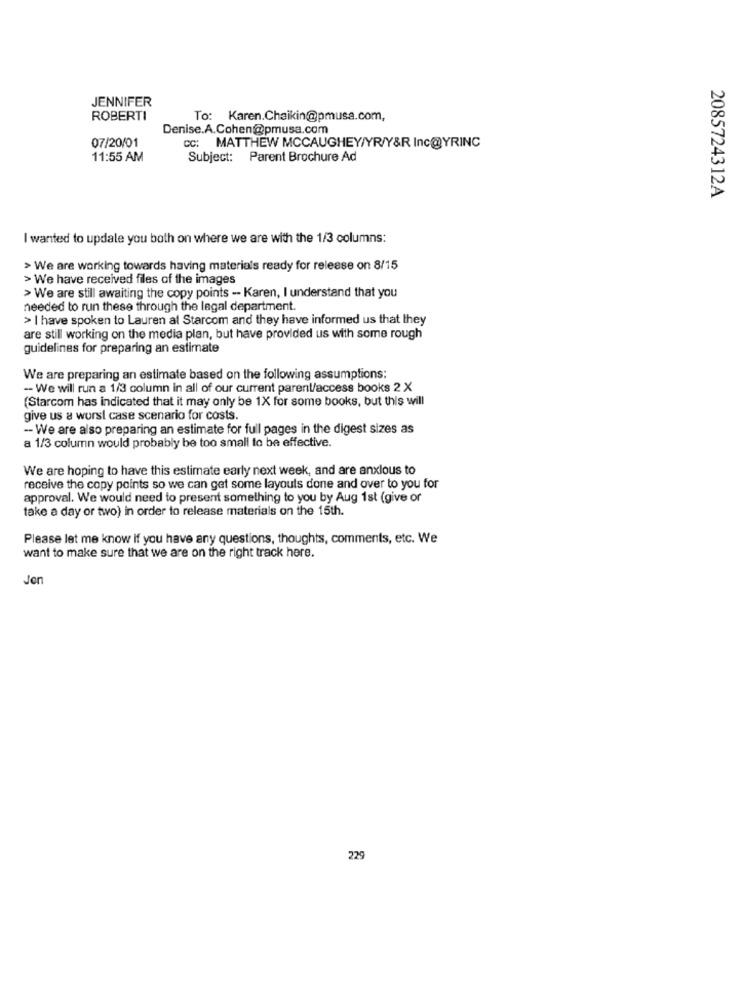
JENNIFER
ROBERTI
To: Karen.Chaikin@pmusa.com,
Denise.A.Cohen@pmusa.com
07/20/01
: MATTHEW MCCAUGHEY/YR/Y&R Inc@YRINC
11:55 AM
Subject: Parent Brochure Ad
2085724312A
I wanted to update you both on where we are with the 1/3 columns:
> We are working towards having materials ready for release on 8/15
> We have received files of the images
> We are still awaiting the copy points - Karen, I understand that you
needed to run these through the legal department.
> I have spoken to Lauren al Starcom and they have informed us that they
are still working on the media plan, but have provided us with some rough
guidelines for preparing an estimate
We are preparing an estimate based on the following assumptions:
-- We will run a 1/3 column in all of our current parent/access books 2 X
(Starcom has indicated that it may only be 1X for some books, but this will
give us a worst case scenario for costs.
-- We are also preparing an estimate for full pages in the digest sizes as
a 1/3 column would probably be too small to be effective.
We are hoping to have this estimate early next week, and are anxious to
receive the copy points so we can get some layouts done and over to you for
approval. We would need to present something to you by Aug 1st (give or
take a day or two) in order to release materials on the 15th.
Please let me know if you have any questions, thoughts, comments, etc. We
want to make sure that we are on the right track here.
Jen
229